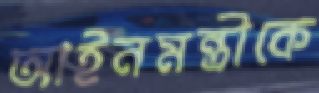
আইনমন্ত্রীকে